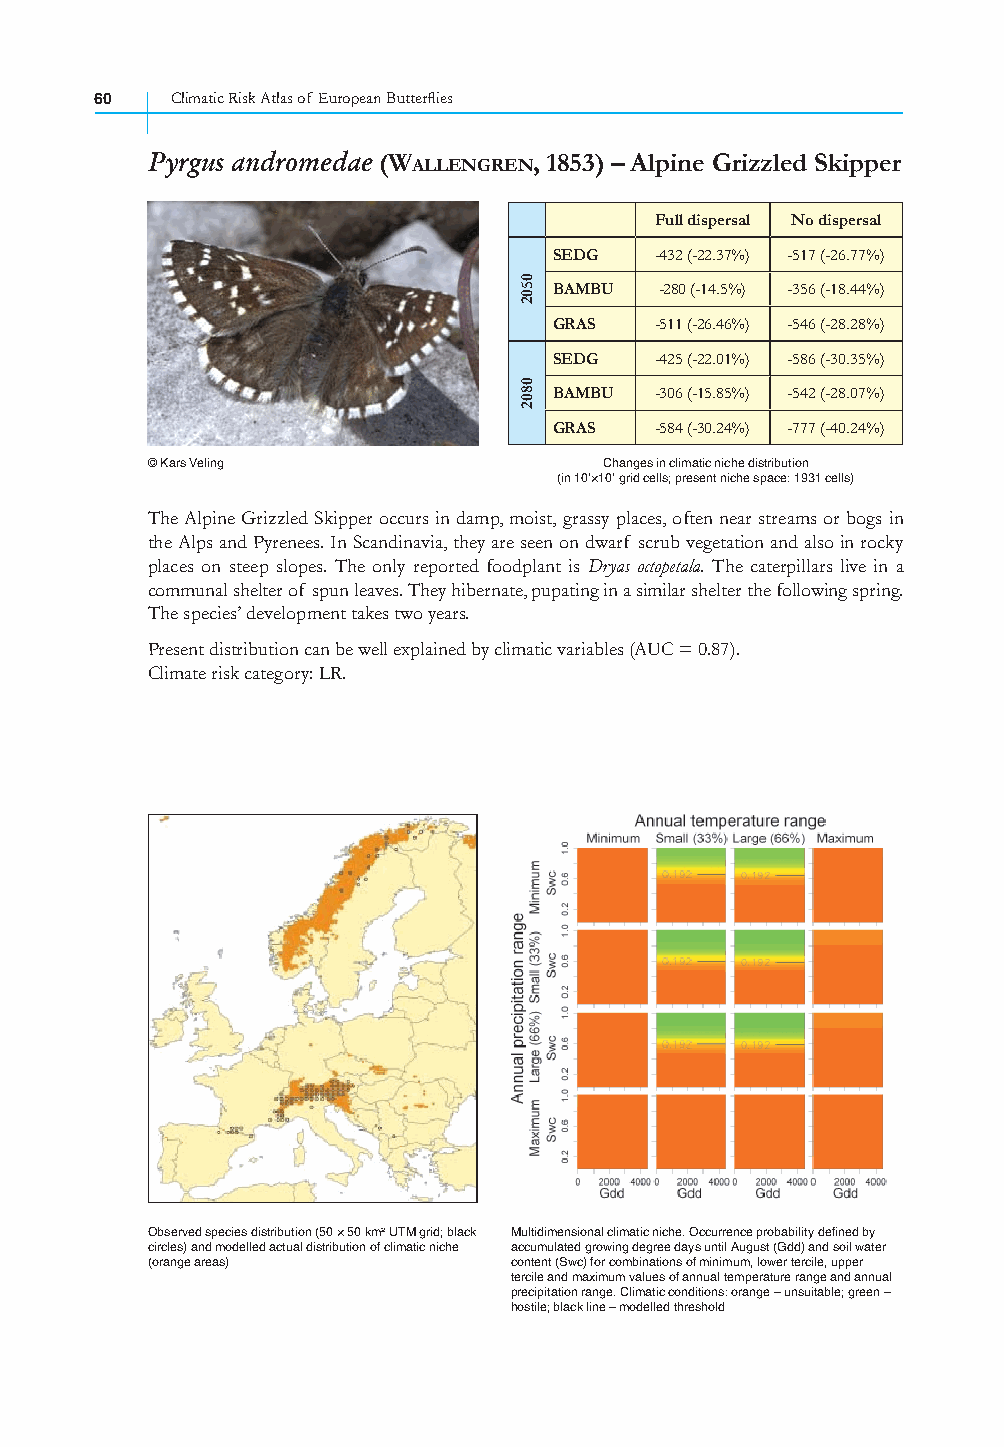
60   Climatic Risk Atlas of European Butterfl ies
 Pyrgus andromedae (WALLENGREN, 1853) – Alpine Grizzled Skipper
 Full dispersal No dispersal
 SEDG  -432 (-22.37%) -517 (-26.77%)
 BAMBU  -280 (-14.5%) -356 (-18.44%)
 GRAS  -511 (-26.46%) -546 (-28.28%)
 SEDG  -425 (-22.01%) -586 (-30.35%)
 BAMBU -306 (-15.85%) -542 (-28.07%)
 GRAS  -584 (-30.24%) -777 (-40.24%)
 © Kars Veling                 Changes in climatic niche distribution
 (in 10’×10’ grid cells; present niche space: 1931 cells)
 The Alpine Grizzled Skipper occurs in damp, moist, grassy places, often near streams or bogs in
 the Alps and Pyrenees. In Scandinavia, they are seen on dwarf scrub vegetation and also in rocky
 places on steep slopes. The only reported foodplant is Dryas octopetala. The caterpillars live in a
 communal shelter of spun leaves. They hibernate, pupating in a similar shelter the following spring.
 The species’ development takes two years.
 Present distribution can be well explained by climatic variables (AUC = 0.87).
 Climate risk category: LR.
 Observed species distribution (50 × 50 km² UTM grid; black Multidimensional climatic niche. Occurrence probability defined by
 circles) and modelled actual distribution of climatic niche accumulated growing degree days until August (Gdd) and soil water
 (orange areas)          content (Swc) for combinations of minimum, lower tercile, upper
 tercile and maximum values of annual temperature range and annual
 precipitation range. Climatic conditions: orange – unsuitable; green –
 hostile; black line – modelled threshold
 0502
 0802